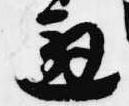
邂